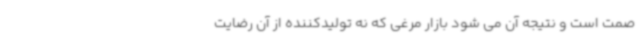
صمت است و نتیجه آن می شود بازار مرغی که نه تولیدکننده از آن رضایت